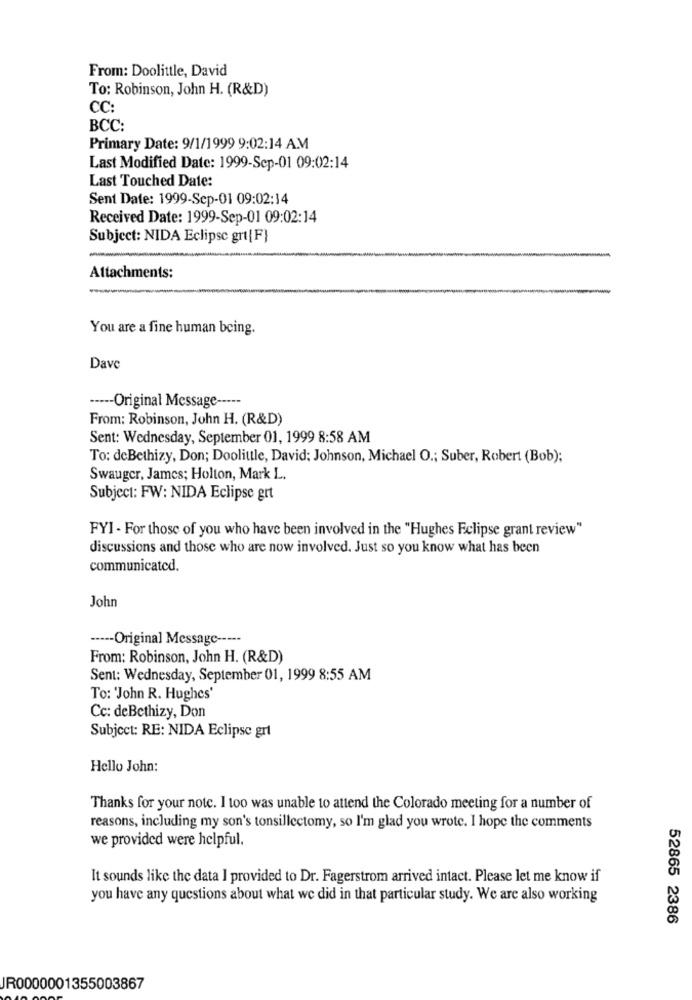
From: Doolittle, David
To: Robinson, John H. (R&D)
CC:
BCC:
Primary Date: 9/1/1999 9:02:14 AM
Last Modified Date: 1999-Sep-01 09:02:14
Last Touched Date:
Sent Date: 1999-Sep-01 09:02:14
Received Date: 1999-Sep-01 09:02:14
Subject: NIDA Eclipse grt[F}
Attachments:
You are a fine human being.
Dave
----- Original Message ---
From: Robinson, John H. (R&D)
Sent: Wednesday, September 01, 1999 8:58 AM
To: deBethizy, Don; Doolittle, David: Johnson, Michael O .; Suber, Robert (Bob);
Swauger, James; Holton, Mark L.
Subject: FW: NIDA Eclipse grt
FYI - For those of you who have been involved in the "Hughes Eclipse grant review"
discussions and those who are now involved. Just so you know what has been
communicated.
John
----- Original Message -----
From: Robinson, John H. (R&D)
Sent: Wednesday, September 01, 1999 8:55 AM
To: 'John R. Hughes'
Cc: deBethizy, Don
Subject: RE: NIDA Eclipse grl
Hello John:
Thanks for your notc. I too was unable to attend the Colorado meeting for a number of
reasons, including my son's tonsillectomy, so I'm glad you wrote. I hope the comments
we provided were helpful.
It sounds like the data I provided to Dr. Fagerstrom arrived intact. Please let me know if
you have any questions about what we did in that particular study. We are also working
52865 2386
JR0000001355003867